Annual report on the working of the lock hospitals in the Central Provinces
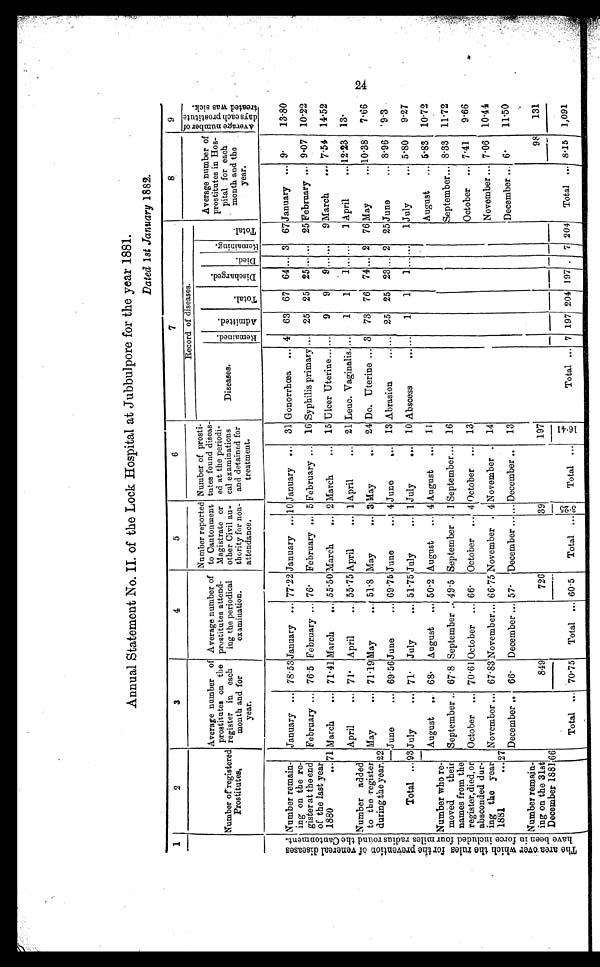
Annual Statement No. II. of the Lock Hospital at Jubbulpore for the year 1881.
Dated 1st January 1882.
1
2
3
4
5
6
7
9
Number or registered
prostitutes,
Average number of
prostitutes on the
register in each
mouth and for
year.
Average number of
prostitutes attend-
ing the periodical
examination.
Number reported
to Cantonment
Magistrate or
other Civil au-
thority for non-
attendance.
Number of prosti-
tutes found diseas-
ed at the periodi-
cal examinations
and detained for
treatment.
Record of diseases.
Average number of
prostitutes in Hos-
pital for each
month and the
year.
A v e r a g e n u m b e r o f d a y s e a c h p r o s t i t u t u t e t r e a t e d w a s s i c k .
Diseases.
Remai ned. Ad mi t t e d .
Tot al .
Di s c ha r ge d.
Di e d.
Re ma i n i n g .
T o t a l .
T h e a r e a o v e r w h i c h t h e r u l e s f o r t h e p r e v e n t i o n o f v e n e r e a l d i s e a s e s h a v e b e e n i n f o r c e i n c l u d e d f o u r m i l e s r a d i u s r o u n d t h e C a n t o n m e n t . Number remain-
ing on the re-
gister at the end
of the last year
1880 ...
January ... 78.53 January . . . 77.22 January ... 10 January ... 31 Gonorrhœa ... 4 63 67 64 ... 3 67 January ... 9 .
13.80
February ... 76.5 February . . . 76. February ... 5 February ... 16 Syphilis primary ... 25 25 25 ... ... 25 February ... 9.07 10.22
71 March
... 71.41 March
... 55.50 March
... 2 March
... 15 Ulcer Uterine... ...
9
9
9 ... ...
9 March
... 7.54 14.52
Number added
to the register
during the year.
April
... 71. April
„. 55.75 April
... 1 April
... 21 Leuc. Vaginalis. ...
1
1
1 ... ...
1 April
... 12.23 13.
22
May
.... 71.19 May
... 51.8 May
... 3 May
... 24 Do. Uterine ... 3 73 76 74 ... 2 76 May
... 10.38
7.66
June
... 69.56 June
... 69.75 June
... 4 June
... 13 Abrasion
... . . . 25 25 23 ... 2 25 June
... 8.96
9.3
Total ... 93 July
.... 71. July
.... 51.75 July
... 1 July
... 10 A b s c e s s . . .
. . .
1
1
1 ... ...
1 July
. 5.80
9.27
Number who re-
moved their
names from the
reaister,died, or
absconded dur-
ing the year
1881...
August
.. 68. August
.. 50.2 August
.... 4 August
... 11
August
... 5.83
10.72
September .. 67.8 September .. 49.5 September . 1 September... 16
September... 8.33 11.72
October ... 70.61 October ... 66. October .... 4 October ... 13
October ... 7.41
9.66
2 7
November ... 67.83 November... 66.75 November . 4 November . 14
November ... 7.06 10.44
December .. 66. December ... 57. December... ... December ..
13
December ... 6.
11.50
Number remain-
ing on the 3lst
December 1881 66
849
7 2 6
39
197
98
131
Total ...
.70.75
Total ... 60.5
Total ...
2 5
2 5
-7,-,
Total ...
41.
1 6
Total ... 7 197 204 197
7 204
Total ...
8 . 1 5
1,091
24